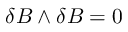
\delta B \wedge \delta B = 0